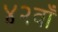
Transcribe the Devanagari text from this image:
४२वाँ